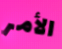
الأمر